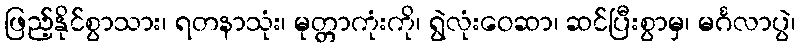
ဖြည့်နိုင်စွာသား၊ ရတနာသုံး၊ မုတ္တာကုံးကို၊ ရွဲလုံးဝေဆာ၊ ဆင်ပြီးစွာမှ၊ မင်္ဂလာပွဲ၊